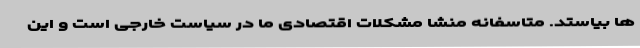
ها بیاستد. متاسفانه منشا مشکلات اقتصادی ما در سیاست خارجی است و این